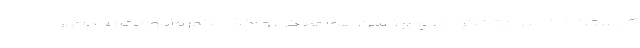
کدستگاه کامیون تانکر مطلع و ضمن هماهنگی و اخذ حکم مأموریت به محور